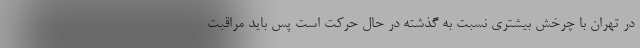
در تهران با چرخش بیشتری نسبت به گذشته در حال حرکت است پس باید مراقبت